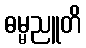
ဓမ္မညူတိ